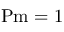
\mathrm { P m } = 1